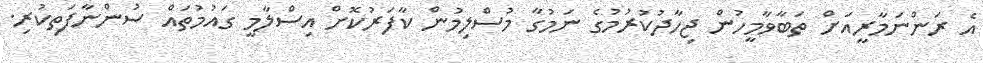
އެ ރަންނަމާރީއަށް ތަބާވާމީހުން ޖިހާދުކުރުމުގެ ނަމުގާ މުސްލިމުން ކާފަރުކޮށް އިސްލާމީ ގައުމުތައް ސުންނާފަތިކުރި.